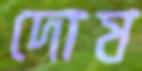
দোষ